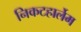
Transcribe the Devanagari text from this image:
निकटहार्लेम